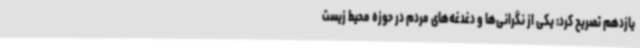
یازدهم تصریح کرد: یکی از نگرانی‌ها و دغدغه‌های مردم در حوزه محیط زیست